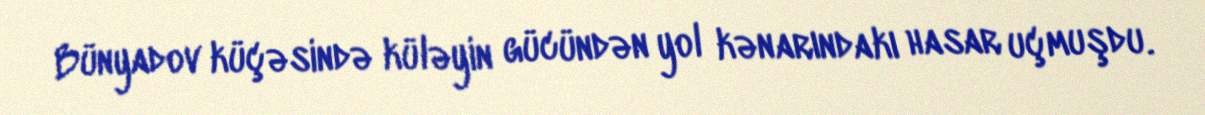
Bünyadov küçəsində küləyin gücündən yol kənarındakı hasar uçmuşdu.